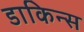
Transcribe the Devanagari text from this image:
डाकिन्स